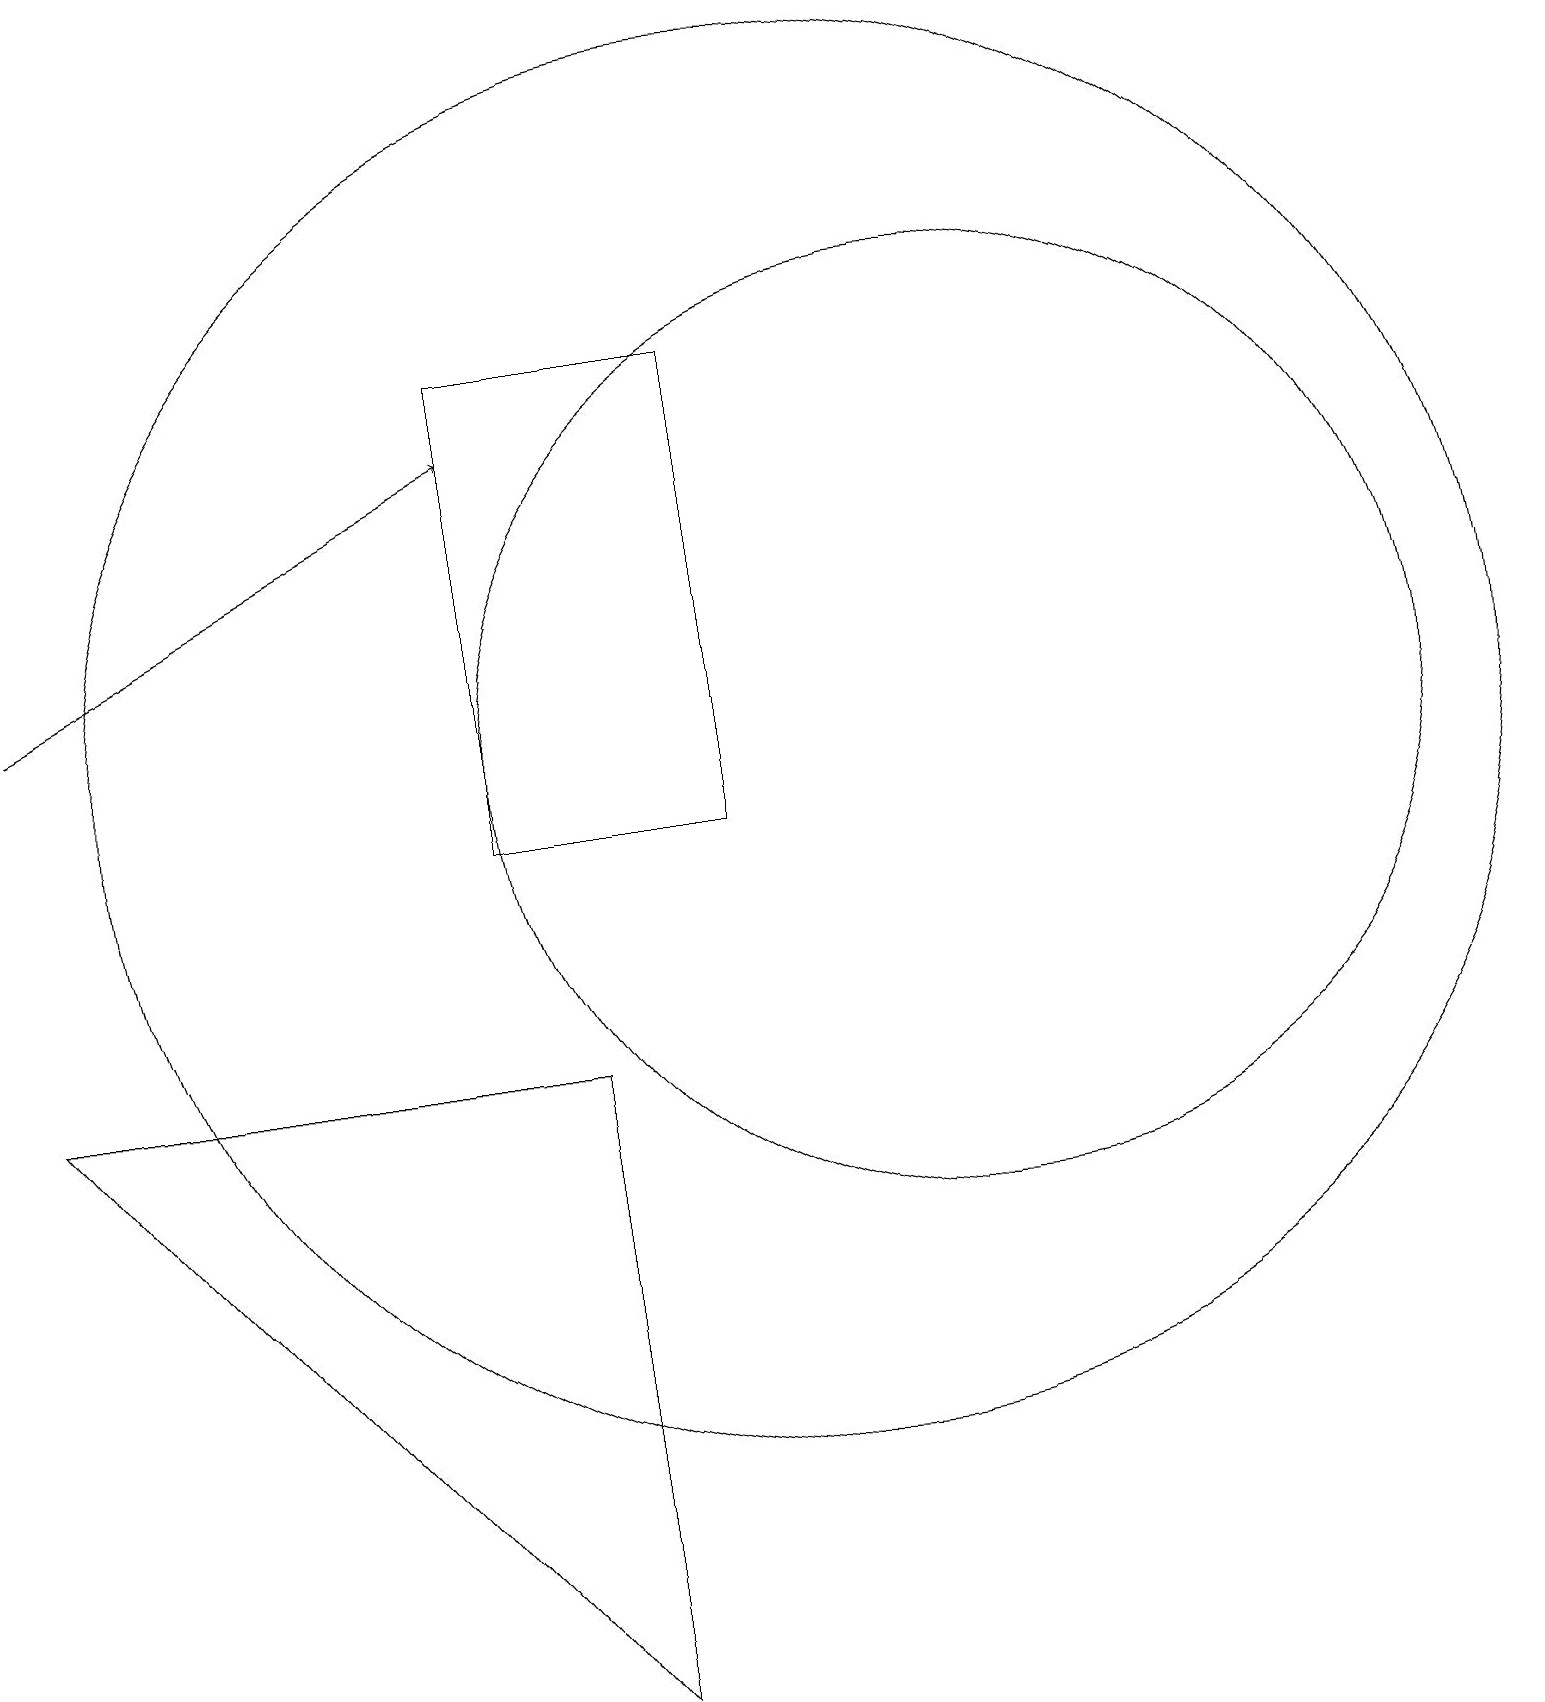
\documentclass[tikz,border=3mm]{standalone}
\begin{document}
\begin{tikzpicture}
\draw (10,12) circle (9);
\draw[->] (0,13) -- (6,16);
\draw (7,8) -- (7,0) -- (0,8) -- cycle;
\draw (6,11) rectangle (9,17);
\draw (12,12) circle (6);
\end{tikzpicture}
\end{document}